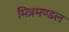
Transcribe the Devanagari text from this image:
मित्रमण्डल